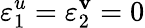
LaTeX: \varepsilon_{1}^{u}=\varepsilon_{2}^{\mathbf{v}}=0